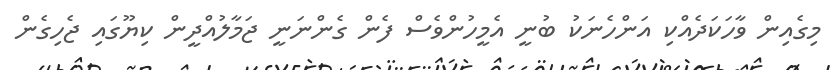
މިގެއިން ވާހަކަދެއްކި އަންހެނަކު ބުނީ އެމީހުންވެސް ފެން ގެންނަނީ ޖަމާލުއްދީން ކިޔޫގައި ޖެހިގެން